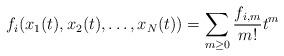
LaTeX: \begin{align*}f_i(x_1(t),x_2(t),\dots,x_N(t))=\sum_{m\geq 0}\frac{f_{i,m}}{m!}t^m\end{align*}